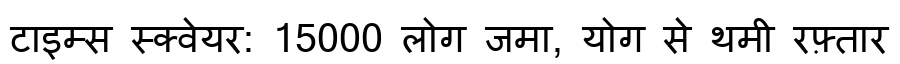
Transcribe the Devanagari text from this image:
टाइम्स स्क्वेयर: 15000 लोग जमा, योग से थमी रफ़्तार